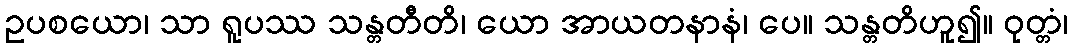
ဥပစယော၊ သာ ရူပဿ သန္တတီတိ၊ ယော အာယတနာနံ၊ ပေ။ သန္တတိဟူ၍။ ဝုတ္တံ၊